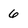
Character: 6